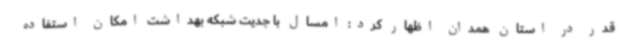
قدر در استان همدان اظهار کرد: امسال با جدیت شبکه بهداشت امکان استفاده